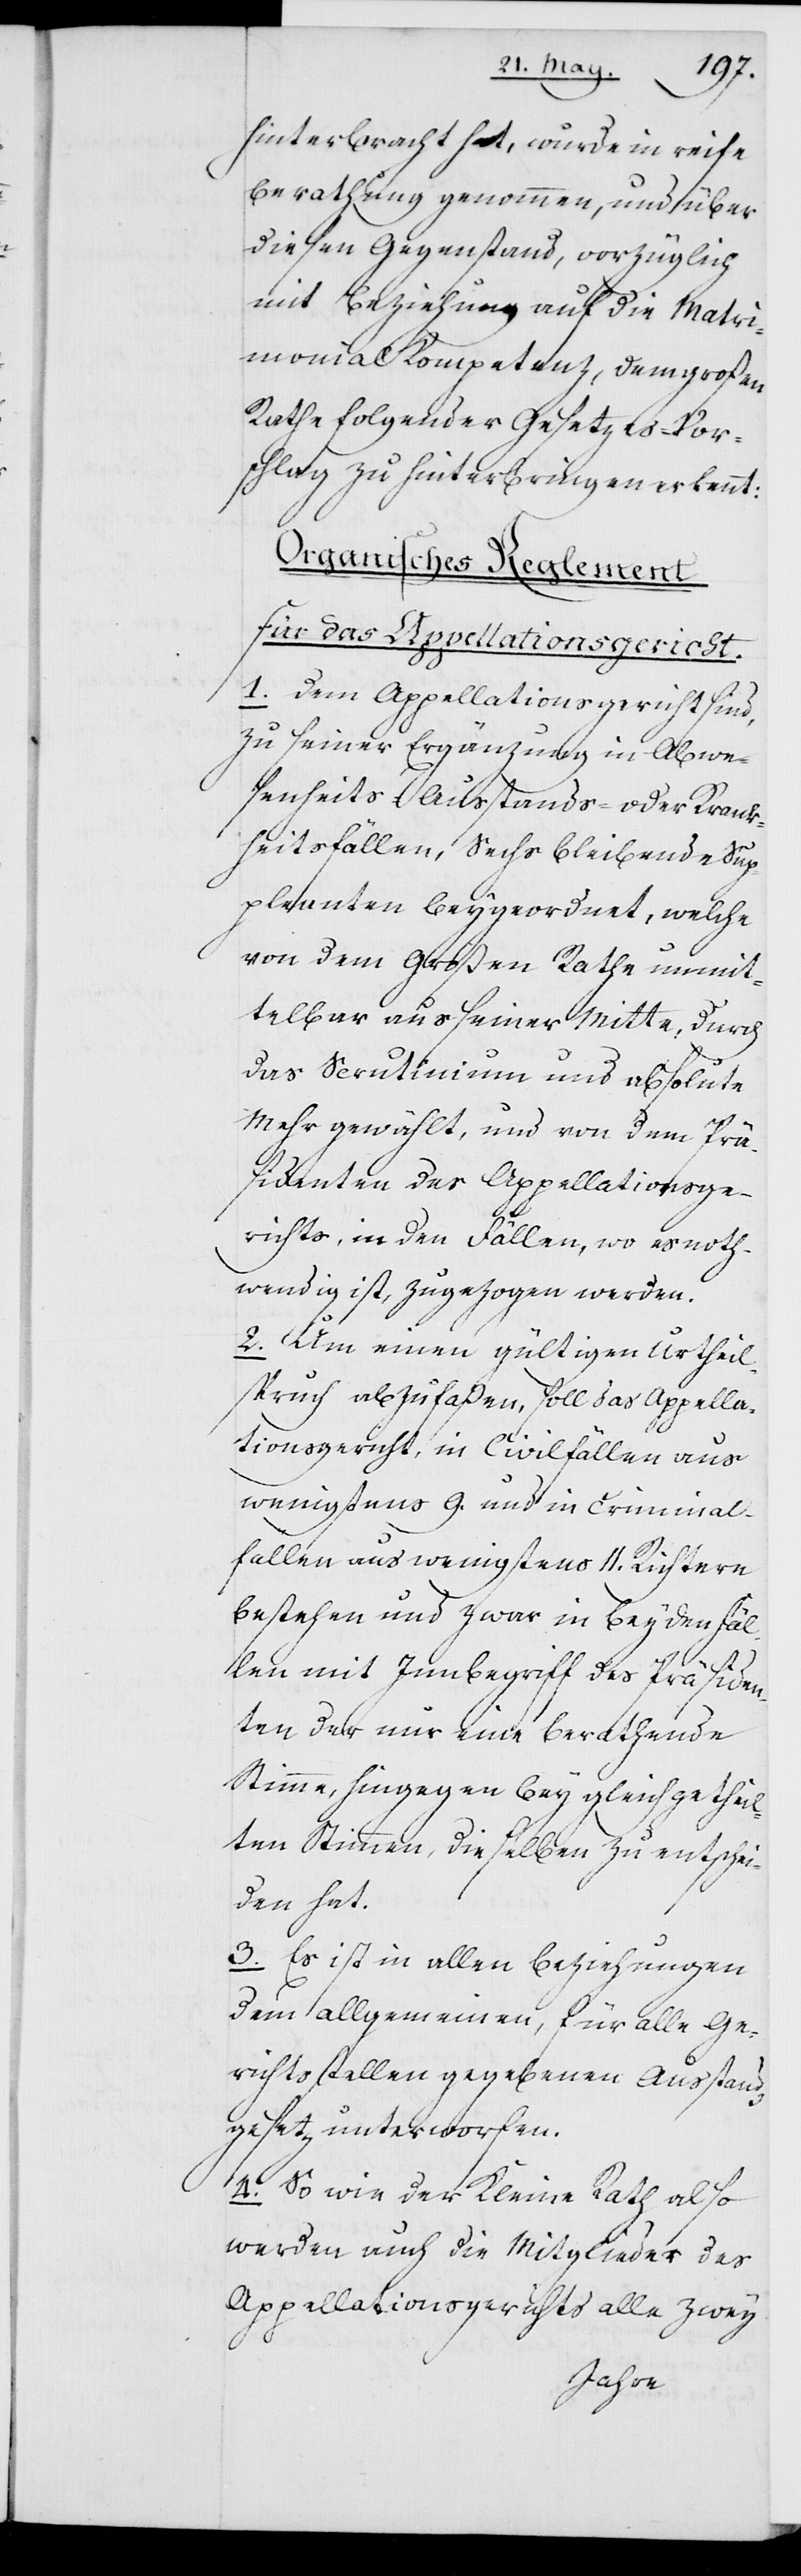
hinterbracht hat, wurde in reife
Berathung genommen, und über
diesen Gegenstand, vorzüglich
mit Beziehung auf die Matri¬
monial Kompetenz, dem großen
Rathe folgender Gesetzes-Vor¬
schlag zu hinterbringen erkennt:
Organisches Reglement
für das Appellationsgericht.
1. Dem Appellationsgericht sind,
zu seiner Ergänzung in Abwe¬
senheits- Ausstands- oder Krank¬
heitsfällen, Sechs bleibende Sup¬
pleanten beygeordnet, welche
von dem Großen Rathe unmit¬
telbar aus seiner Mitte, durch
das Scrutinium und absolute
Mehr gewählt, und von dem Prä¬
sidenten des Appellationsge¬
richts, in den Fällen, wo es noth¬
wendig ist, zugezogen werden.
2. Um einen gültigen Urtheils¬
spruch abzufaßen, soll das Appella¬
tionsgericht, in Civilfällen aus
wenigstens 9. und in Criminal¬
fällen aus wenigstens 11. Richtern
bestehen und zwar in beyden Fäl¬
len mit dem Inbegriff des Präsiden¬
ten der nur eine berathende
Stimme, hingegen bey gleichgetheil¬
ten Stimmen dieselben zu entschei¬
den hat.
3. Es ist in allen Beziehungen
dem allgemeinen, für alle Ge¬
richtsstellen gegebenen Ausstands¬
gesetz unterworfen.
4. So wie der Kleine Rath also
werden auch die Mitglieder des
Appellationsgerichts alle zwey